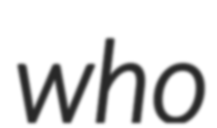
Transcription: who